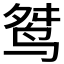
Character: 𪉋